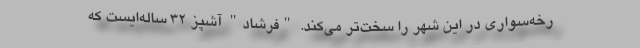
رخه‌سواری در این شهر را سخت‌تر می‌کند. "فرشاد" آشپز 32 ساله‌ایست که